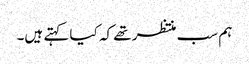
ہم سب منتظر تھے کہ کیا کہتے ہیں۔